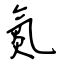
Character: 氮